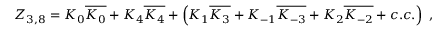
Z _ { 3 , 8 } = K _ { 0 } \overline { { { K _ { 0 } } } } + K _ { 4 } \overline { { { K _ { 4 } } } } + \left( K _ { 1 } \overline { { { K _ { 3 } } } } + K _ { - 1 } \overline { { { K _ { - 3 } } } } + K _ { 2 } \overline { { { K _ { - 2 } } } } + c . c . \right) \ ,